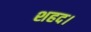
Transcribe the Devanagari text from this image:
शहद।